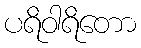
ပရိဝါရိတော